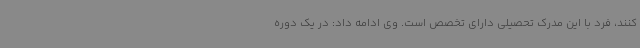
کنند، فرد با این مدرک تحصیلی دارای تخصص است. وی ادامه داد: در یک دوره